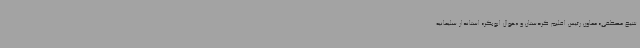
شیخ مصطفی» معاون رئیس اقلیم کردستان و «هوال ابوبکر» استاندار سلیمانیه